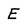
Character: E